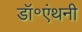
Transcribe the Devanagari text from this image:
डॉ॰एंथनी